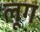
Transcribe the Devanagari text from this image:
लूग